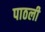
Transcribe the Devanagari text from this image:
पाठली